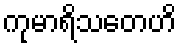
ကုမာရိသတေဟိ